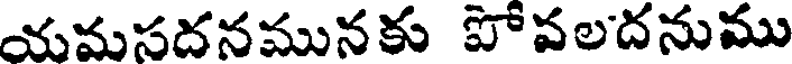
యమసదనమునకు పోవలదనుము